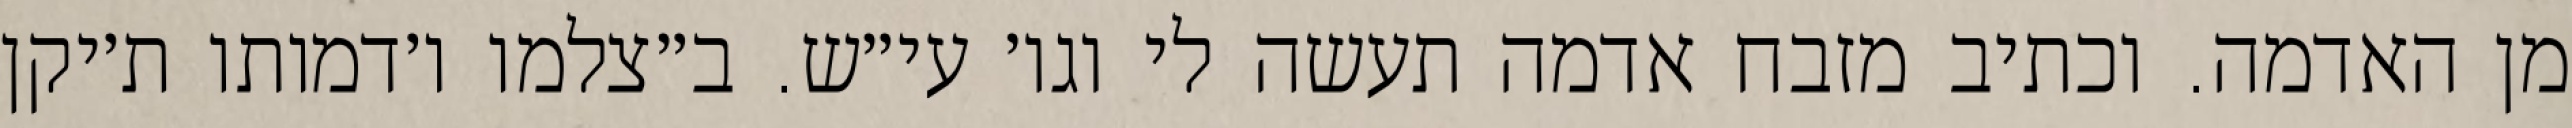
מן האדמה. וכתיב מזבח אדמה תעשה לי וגו׳ עי״ש. ב״צלמו ו׳דמותו ת׳יקן